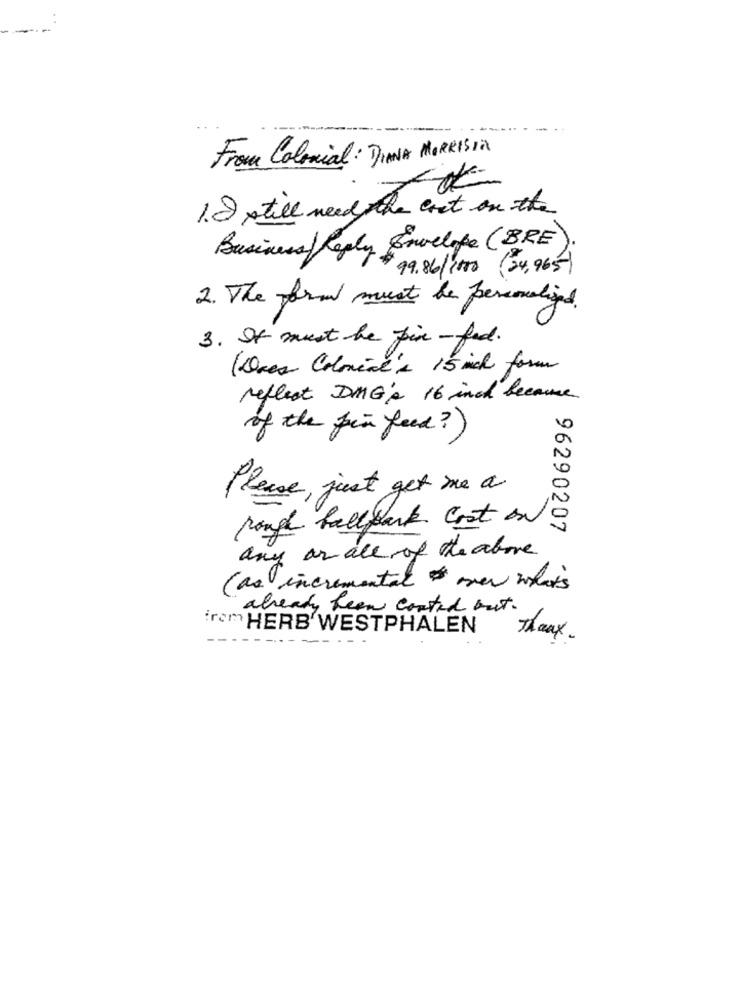
From Colonial: DIANA MORRISIN
1.8 still need the cost on the
Business / Reply Envelope (BRE)
$ 9.86/1180 (24, 965)
2. The form must be personalized
3. It must be fin -fed.
(Deres Colonial's 15 mich form
reflect DMG's 16 inch because
of the pin feed?)
Please, just get me a
rough ballpark. Cost on
96290207
any ar all of the above
(as incremental over what's
already been contad but.
irom HERB WESTPHALEN
Theux.